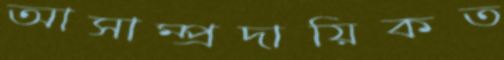
আসাম্প্রদায়িকত